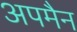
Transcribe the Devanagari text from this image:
अपमैन